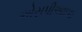
એસપીઆઇઇ